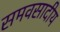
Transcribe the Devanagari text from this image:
समवसादीय